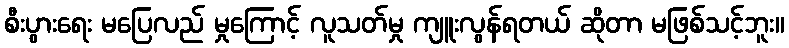
စီးပွားရေး မပြေလည် မှုကြောင့် လူသတ်မှု ကျူးလွန်ရတယ် ဆိုတာ မဖြစ်သင့်ဘူး။